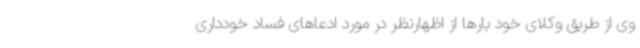
وی از طریق وکلای خود بارها از اظهارنظر در مورد ادعاهای فساد خودداری